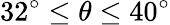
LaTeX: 32^{\circ}\leq\theta\leq 40^{\circ}